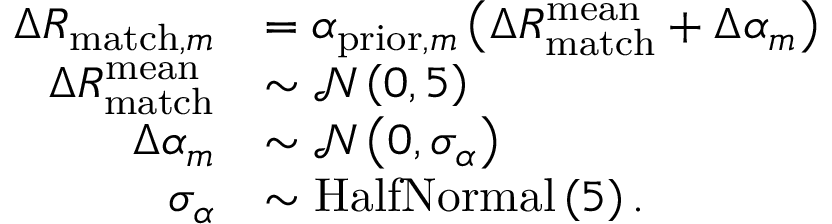
\begin{array} { r l } { \Delta R _ { \mathrm { m a t c h } , m } } & { = \alpha _ { \mathrm { p r i o r } , m } \left( \Delta R _ { \mathrm { m a t c h } } ^ { \mathrm { m e a n } } + \Delta \alpha _ { m } \right) } \\ { \Delta R _ { \mathrm { m a t c h } } ^ { \mathrm { m e a n } } } & { \sim \mathcal { N } \left( 0 , 5 \right) } \\ { \Delta \alpha _ { m } } & { \sim \mathcal { N } \left( 0 , \sigma _ { \alpha } \right) } \\ { \sigma _ { \alpha } } & { \sim \mathrm { H a l f N o r m a l } \left( 5 \right) . } \end{array}